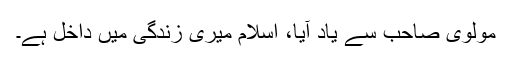
مولوی صاحب سے یاد آیا، اسلام میری زندگی میں داخل ہے۔